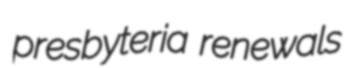
presbyteria renewals